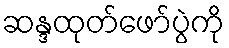
ဆန္ဒထုတ်ဖော်ပွဲကို